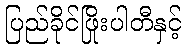
ပြည်ခိုင်ဖြိုးပါတီနှင့်